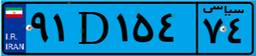
۹۱D۱۵۴۷۴